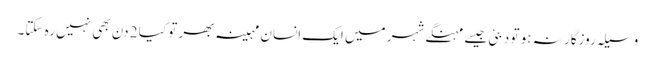
وسیلہ روزگار نہ ہو تو دبئی جیسے مہنگے شہر میں ایک انسان مہینہ بھر تو کیا 2 دن بھی نہیں رہ سکتا۔